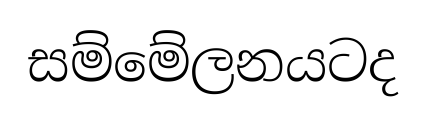
සම්මේලනයටද